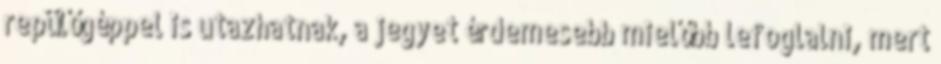
repülőgéppel is utazhatnak, a jegyet érdemesebb mielőbb lefoglalni, mert